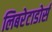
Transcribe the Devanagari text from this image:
लिबरेटाडोर्स